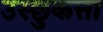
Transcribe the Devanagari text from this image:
उस्छुकत्ता